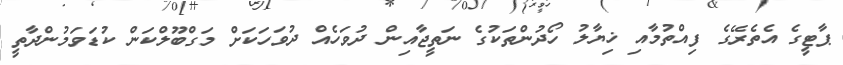
ޕާޓީގެ އެތެރޭގެ ފިއްތުމާއި ޚިޔާލު ހޯދުންތަކުގެ ނަތީޖާއިން ދުވަހެއް ދުވަހަކަށް މަގްބޫލްކަން ކުޑަވަމުންދާތީ